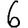
Digit: 6